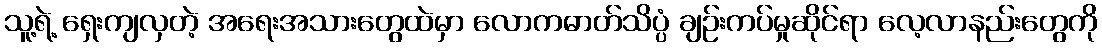
သူ့ရဲ့ ရှေးကျလှတဲ့ အရေးအသားတွေထဲမှာ လောကဓာတ်သိပ္ပံ ချဉ်းကပ်မှုဆိုင်ရာ လေ့လာနည်းတွေကို